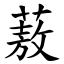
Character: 蔜